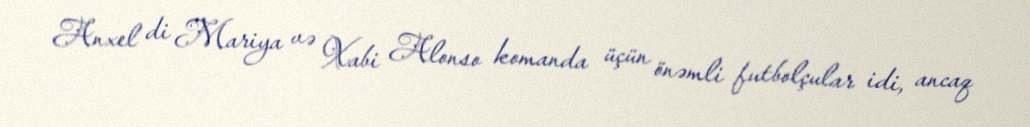
Anxel di Mariya və Xabi Alonso komanda üçün önəmli futbolçular idi, ancaq